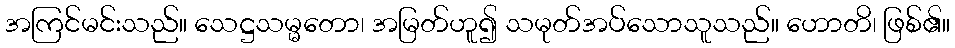
အကြင်မင်းသည်။ သေဋ္ဌသမ္မတော၊ အမြတ်ဟူ၍ သမုတ်အပ်သောသူသည်။ ဟောတိ၊ ဖြစ်၏။